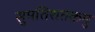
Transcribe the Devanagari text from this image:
सुमतिशतकमु